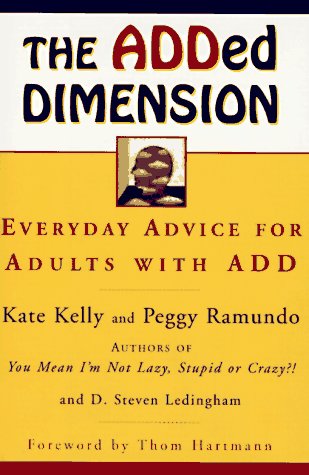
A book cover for The ADDed Dimension: Everyday Advice for Adults with ADD; Kate Kelly; Parenting & Relationships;